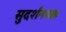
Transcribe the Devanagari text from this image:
सुदर्शनचक्र